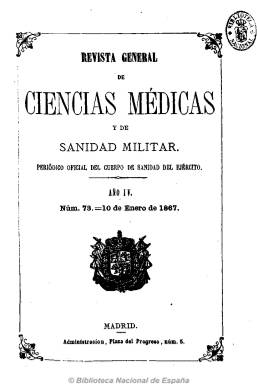
Título: Revista general de ciencias médicas y de sanidad militar
Colección: Medicina militar
Ámbito geográfico: Madrid
Lugar de publicación: Madrid
Fechas: 10/01/1867-25/12/1867

Último año y tomo de la primera época de la revista fundada cuatro años antes por el director general del Cuerpo Oficial de Sanidad del Ejército, Nicolás García Briz, que se había convertido en periódico oficial del mismo, por real decreto de 25 de mayo de 1866, y que tras dos anteriores variaciones en el título adopta este nuevo. Por tanto, es continuación de Revista de sanidad militar y general de ciencias médicas (1866).

Su editor responsable sigue siendo su redactor Cesáreo Fernández de Losada (1837-), y su redacción la siguen integrando Juan Marqués y Sevilla, Francisco Anguiz y Malo de Molina y Juan Bernad y Tabuenca, quienes en el numero de 25 de diciembre de 1867 anuncian la suspensión de la revista.

Sigue siendo de periodicidad quincenal y sus contenidos del mismo carácter. En su “Parte oficial” da cuenta del movimiento de personal del cuerpo, mantiene otras secciones como “Variedades” y “Bibliografía” y sigue publicando artículos de ciencias médicas y de la salud, tanto de autoría española como extranjera, y en concreto sobre sanidad militar, incluyendo algunos grabados.

Al final del tomo aparece un índice. Será continuada por Gaceta de sanidad militar (1875-1884).